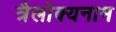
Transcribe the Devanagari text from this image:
त्रैलोक्यनाम